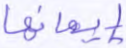
إيمانها